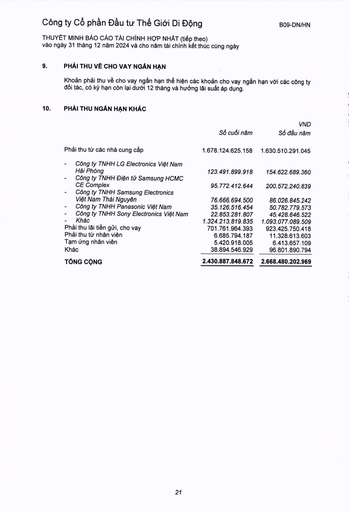
||Số cuối năm|VND Số đầu năm| |---|---|---| |Phải thu từ các nhà cung cấp|1.678.124.625.158|1.630.510.291.045| |- Công ty TNHH LG Electronics Việt Nam Hải Phòng|123.491.899.918|154.622.689.360| |- Công ty TNHH Điện tử Samsung HCMC CE Complex|95.772.412.644|200.572.240.839| |- Công ty TNHH Samsung Electronics Việt Nam Thái Nguyên|76.666.694.500|86.026.845.242| |- Công ty TNHH Panasonic Việt Nam|35.126.516.454|50.782.779.573| |- Công ty TNHH Sony Electronics Việt Nam|22.853.281.807|45.428.646.522| |- Khác|1.324.213.819.835|1.093.077.089.509| |Phải thu lãi tiền gửi, cho vay|701.761.964.393|923.425.750.418| |Phải thu tạp nhân viên|6.685.794.187|11.328.613.603| |Tạm ứng nhân viên|5.420.918.005|6.413.657.109| |Khác|38.894.546.929|96.801.890.794| |TỔNG CỘNG|2.430.887.848.672|2.668.480.202.969|